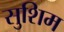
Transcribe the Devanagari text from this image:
सुशिम